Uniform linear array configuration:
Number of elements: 32
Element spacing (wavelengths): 0.5
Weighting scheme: kaiser
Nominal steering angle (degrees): -30
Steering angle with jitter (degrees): -29.301
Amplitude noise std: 0.05
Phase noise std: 0.05

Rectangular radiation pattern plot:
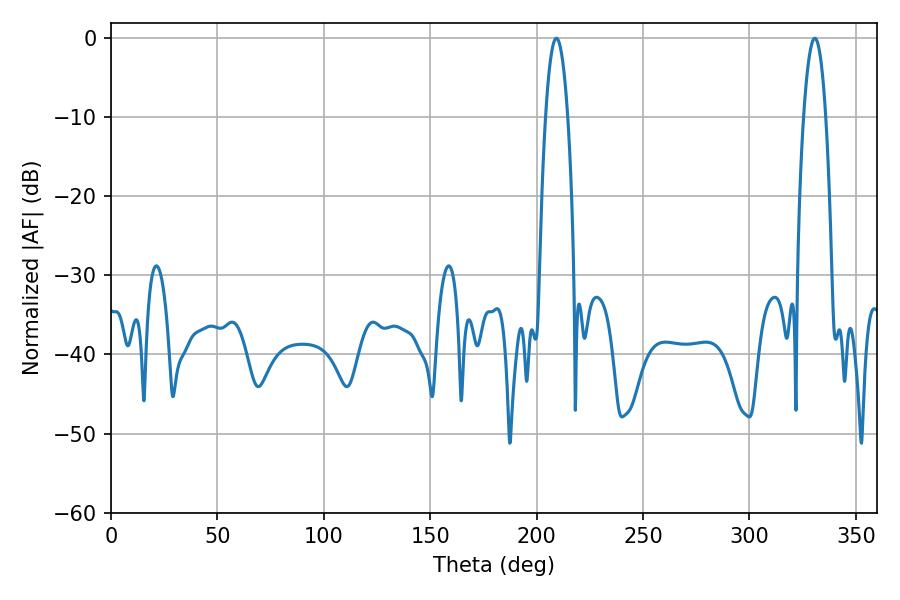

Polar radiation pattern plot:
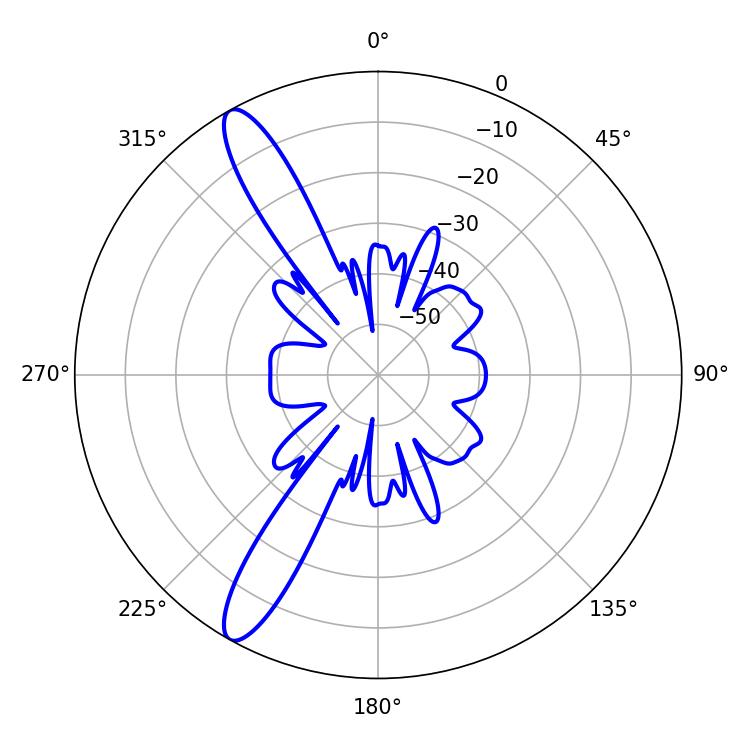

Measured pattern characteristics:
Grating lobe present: FALSE
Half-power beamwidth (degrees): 5.76
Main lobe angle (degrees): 330.66